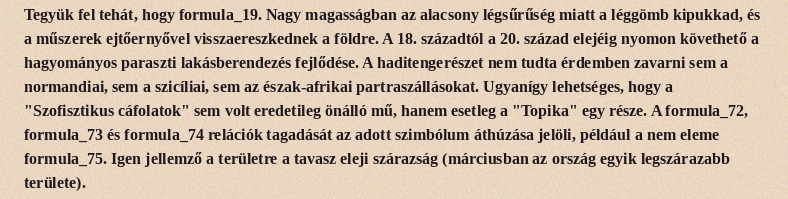
Tegyük fel tehát, hogy formula_19. Nagy magasságban az alacsony légsűrűség miatt a léggömb kipukkad, és a műszerek ejtőernyővel visszaereszkednek a földre. A 18. századtól a 20. század elejéig nyomon követhető a hagyományos paraszti lakásberendezés fejlődése. A haditengerészet nem tudta érdemben zavarni sem a normandiai, sem a szicíliai, sem az észak-afrikai partraszállásokat. Ugyanígy lehetséges, hogy a "Szofisztikus cáfolatok" sem volt eredetileg önálló mű, hanem esetleg a "Topika" egy része. A formula_72, formula_73 és formula_74 relációk tagadását az adott szimbólum áthúzása jelöli, például a nem eleme formula_75. Igen jellemző a területre a tavasz eleji szárazság (márciusban az ország egyik legszárazabb területe).